Report on plague and inoculation in the Punjab from October 1st ... to September 30th..., being the ... season of plague in the province
Disease focus: Plague
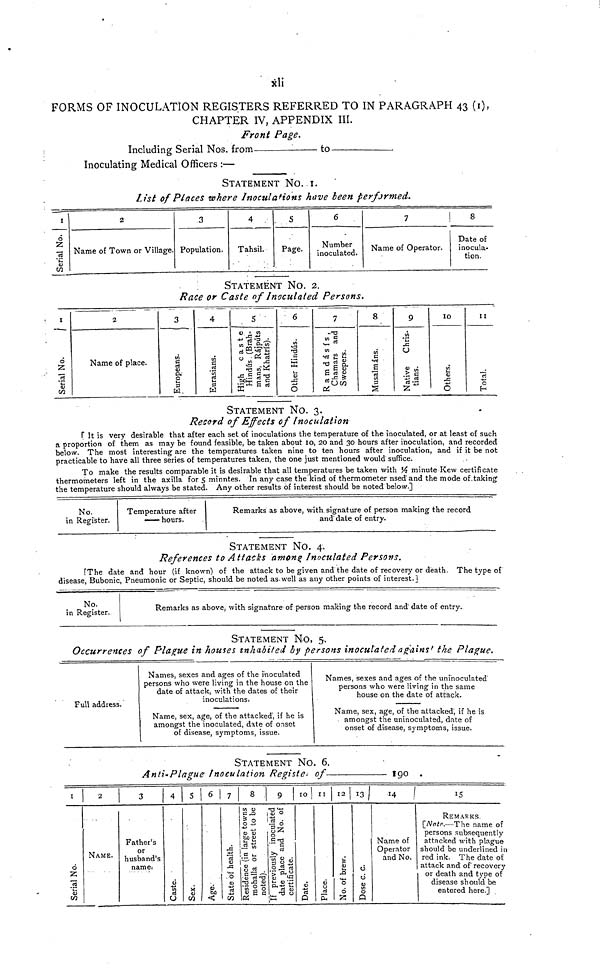
xli
FORMS OF INOCULATION REGISTERS REFERRED TO IN PARAGRAPH 43 (1),
CHAPTER IV, APPENDIX III.
Front Page.
Including Serial Nos. from to
Inoculating Medical Officers :—
STATEMENT NO. 1.
List of Places where Inoculations have been performed.
1
Serial No.
2
Name of Town or Village.
3
Population.
4
Tahsil.
5
Page.
6
Number
inoculated.
7
Name of Operator.
8
Date of
inocula-
tion.
STATEMENT NO. 2.
Race or Caste of Inoculated Persons.
1
Serial No.
2
Name of place.
3
Europeans.
4
Eurasians.
5
High caste
Hind ús (Brah-
mans Ràjpúts
and Khatris).
6
Other Hindús.
7
Ramdásis,
Chamars
Sweepers.
8
Musalmáns.
9
Native Chris-
tians.
10
Others.
11
Total.
STATEMENT NO. 3.
Record of Effects of Inoculation
[ It is very desirable that after each set of inoculations the temperature of the inoculated, or at least of such
a proportion of them as may be found feasible, be taken about 10, 20 and 30 hours after inoculation, and recorded
below. The most interesting are the temperatures taken nine to ten hours after inoculation, and if it be not
practicable to have all three series of temperatures taken, the one just mentioned would suffice.
To make the results comparable it is desirable that all temperatures be taken with ½ minute Kew certificate
thermometers left in the axilla for 5 minutes. In any case the kind of thermometer used and the mode of taking
the temperature should always be stated. Any other results of interest should be noted below.]
No.
in Register.
Temperature after
——- hours.
Remarks as above, with signature of person making the record
and date of entry.
STATEMENT NO. 4.
References to Attacks among Inoculated Persons.
[The date and hour (if known) of the attack to be given and the date of recovery or death. The type of
disease, Bubonic, Pneumonic or Septic, should be noted as well as any other points of interest.]
No.
in Register.
Remarks as above, with signatnre of person making the record and date of entry.
STATEMENT. NO. 5.
Occurrences of Plague in houses inhabited by persons inoculated a gains' the Plague.
Full address.
Names, sexes and ages of the inoculated
persons who were living in the house on the
date of attack, with the dates of their
inoculations.
Name, sex, age, of the attacked', if he is
amongst the inoculated, date of onset
of disease, symptoms, issue.
Names, sexes and ages of the uninoculated
persons who were living in the same
house on the date of attack.
Name, sex, age, of the attacked, if he is
amongst the uninoculated, date of
onset of disease, symptoms, issue.
STATEMENT NO. 6.
Anti-Plague Inoculation Registe. of
190.
1
Serial No.
2
NAME.
3
Father's
or
husband's
name.
4
Case.
5
Sex.
6
Age.
7
State of health.
8
Residence (in large towns
mohalla or street to be
noted).
9
If previously inoculated
date place and No. of
certificate.
10
Date.
11
Place.
12
No. of brew.
13
Dose c. c.
14
Name of
Operator
and No.
15
REMARKS.
[Note.—The name of
persons subsequently
attacked with plague
should be underlined in
red ink. The date of
attack and of recovery
or death and type of
disease should be
entered here.]